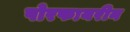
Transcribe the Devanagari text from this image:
पोरफायरीन